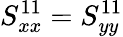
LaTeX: S_{xx}^{11}=S_{yy}^{11}